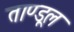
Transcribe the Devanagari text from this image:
ताण्डूल